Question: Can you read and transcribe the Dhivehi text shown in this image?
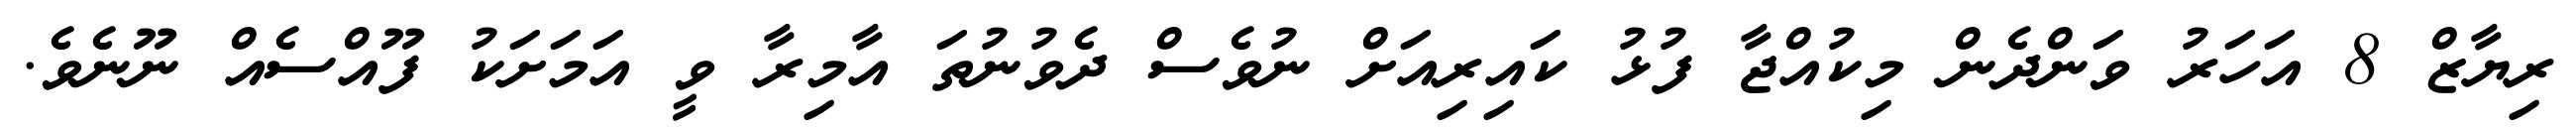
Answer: ރިޔާޒް 8 އަހަރު ވަންދެން މިކުއްޖާ ފުޅު ކައިރިއަށް ނުވެސް ދެވުނުތަ އާމިރާ ވީ އަމަށަކު ފޫއްސެއް ނޫނެވެ.